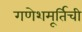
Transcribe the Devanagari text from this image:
गणेशमूर्तिची